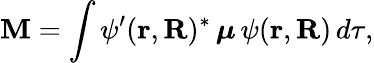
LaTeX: \mathbf{M}=\int\psi^{\prime}(\mathbf{r},\mathbf{R})^{\ast}\, \boldsymbol{\mu}\, \psi(\mathbf{r},\mathbf{R})\, d\tau,